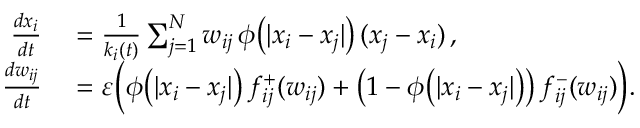
\begin{array} { r l } { \frac { d x _ { i } } { d t } } & { { } = \frac { 1 } { k _ { i } ( t ) } \sum _ { j = 1 } ^ { N } w _ { i j } \, \phi \big ( | x _ { i } - x _ { j } | \big ) \, ( x _ { j } - x _ { i } ) \, , } \\ { \frac { d w _ { i j } } { d t } } & { { } = \varepsilon \Big ( \phi \big ( | x _ { i } - x _ { j } | \big ) \, f _ { i j } ^ { + } ( w _ { i j } ) + \big ( 1 - \phi \big ( | x _ { i } - x _ { j } | \big ) \big ) \, f _ { i j } ^ { - } ( w _ { i j } ) \Big ) . } \end{array}